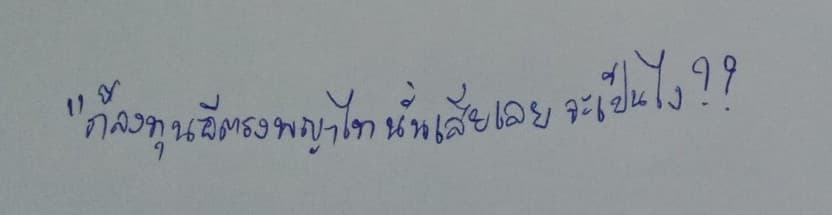
"ก็ลงทุนอีตรงพญาไทนั่นเสียเลยจะเป็นไง??